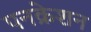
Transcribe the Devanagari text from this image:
पनक्रेशन